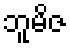
ဘူမိဇ